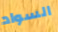
السواد